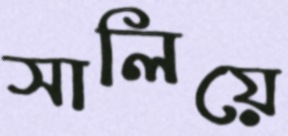
সালিয়ে